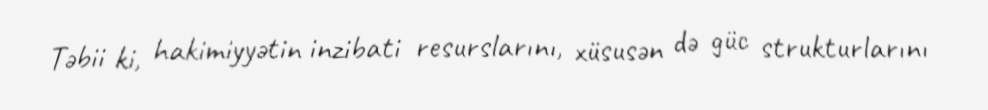
Təbii ki, hakimiyyətin inzibati resurslarını, xüsusən də güc strukturlarını